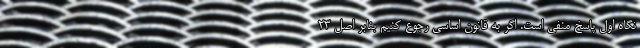
نگاه اول پاسخ منفی است. اگر به قانون اساسی رجوع کنیم بنابر اصل ۲۳